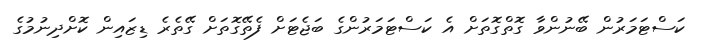
ކަސްޓަމަރުން ބޭނުންވާ ގޮތްގޮތަށް އެ ކަސްޓަމަރުންގެ ބަޖެޓަށް ފެތޭގޮތަށް ގޭތެރެ ޑިޒައިން ކޮށްދިނުމުގެ